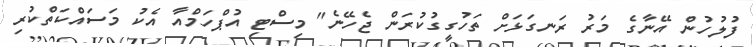
ފުލުހުން އޭނާގެ މަރު ރަނގަޅަށް ތަހުގީގުކުރަން ޖެހޭނެ" މިސްޓި އުޕްހަމްއާ އެކު މަސައްކަތްކުރި